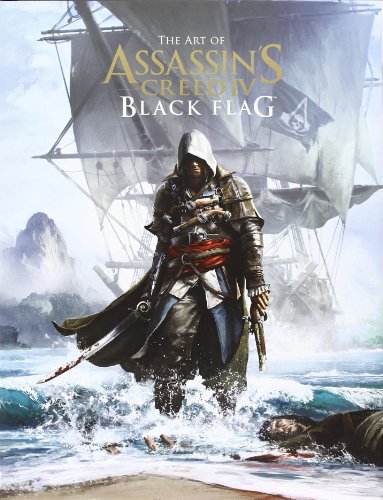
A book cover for The Art of Assassin's Creed IV: Black Flag; Paul Davies; Comics & Graphic Novels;